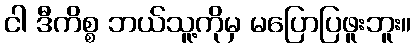
ငါ ဒီကိစ္စ ဘယ်သူ့ကိုမှ မပြောပြဖူးဘူး။